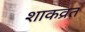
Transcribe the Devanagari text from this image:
शाकव्रत